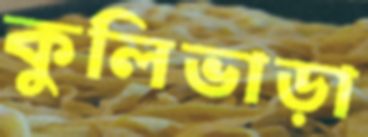
কুলিভাড়া